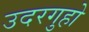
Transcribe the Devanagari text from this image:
उदरगुहो